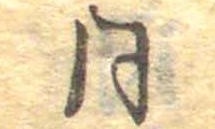
同